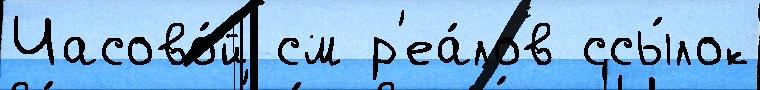
Часово́й см р'еа́лов ссы́лок